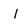
Character: l